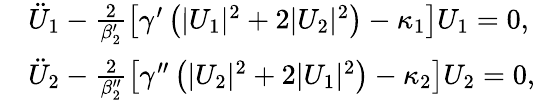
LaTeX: \begin{array}{rl}&{\ddot{U}_{1}-\frac{2}{\beta_{2}^{\prime}}\left[\gamma^{\prime}\left(|U_{1}|^{2}+2|U_{2}|^{2}\right)-\kappa_{1}\right]U_{1}=0,}\\ &{\ddot{U}_{2}-\frac{2}{\beta_{2}^{\prime\prime}}\left[\gamma^{\prime\prime}\left(|U_{2}|^{2}+2|U_{1}|^{2}\right)-\kappa_{2}\right]U_{2}=0,}\end{array}